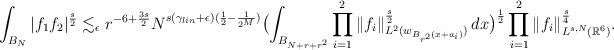
LaTeX: \begin{gather*}\int_{B_{N}}|f_{1}f_{2}|^{\frac{s}{2}} \lesssim_{\epsilon} r^{-6+\frac{3s}{2}}N^{{s(\gamma_{lin}+\epsilon)}(\frac{1}{2}-\frac{1}{2^M})} \bigl(\int_{B_{N+r+r^2}} \prod_{i=1}^{2}\|f_{i}\|_{L^2({w}_{B_{r^2}(x+a_{i})})}^{\frac{s}{2}} \,dx \bigr)^{\frac{1}{2}}\prod_{i=1}^{2}\|f_{i}\|_{L^{s,N}(\mathbb{R}^{6})}^{\frac{s}{4}}.\end{gather*}